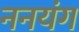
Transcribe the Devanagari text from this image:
ननयंग